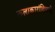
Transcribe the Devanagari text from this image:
कलाकारांविषयी